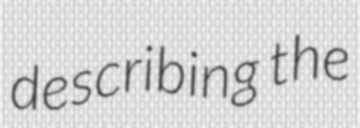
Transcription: describing the